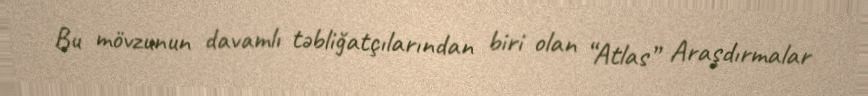
Bu mövzunun davamlı təbliğatçılarından biri olan “Atlas” Araşdırmalar